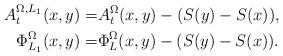
LaTeX: \begin{align*}A^{\Omega,L_1}_t(x,y)=&A^{\Omega}_t(x,y)-(S(y)-S(x)),\\\Phi^{\Omega}_{L_1}(x,y)=&\Phi^{\Omega}_L(x,y)-(S(y)-S(x)).\end{align*}